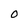
Character: 0